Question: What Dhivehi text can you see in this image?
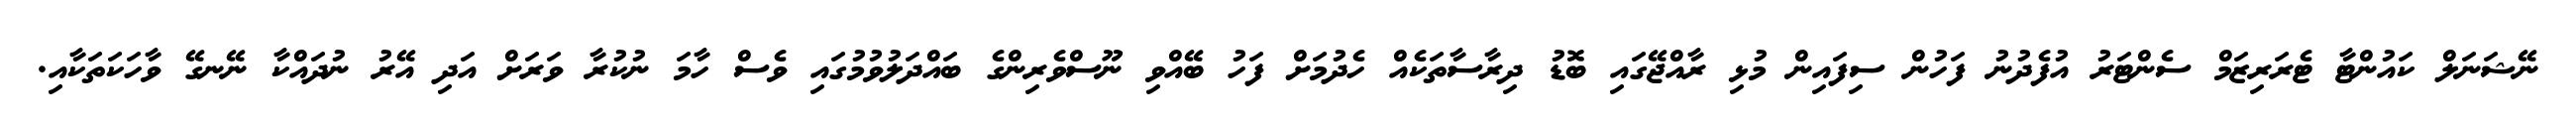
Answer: ނޭޝަނަލް ކައުންޓާ ޓެރަރިޒަމް ސެންޓަރު އުފެދުނު ފަހުން ސިފައިން މުޅި ރާއްޖޭގައި ބޮޑު ދިރާސާތަކެއް ހެދުމަށް ފަހު ބޭއްވި ނޫސްވެރިންގެ ބައްދަލުވުމުގައި ވެސް ހާމަ ނުކުރާ ވަރަށް އަދި އޭރު ނުދައްކާ ނޭނގޭ ވާހަކަތަކާއި.